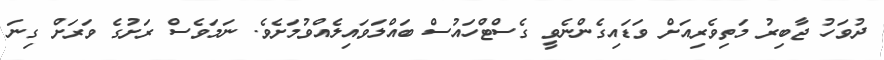
ދުވަހު ޖާބިރު މަތިވެރިއަށް ވަޑައިގެންްނެވީ ގެސްޓްހައުސް ބައްލަވައިލެއްވުމަށެވެ. ނަމަވެސް ރަށުގެ ވަރަށް ގިނަ